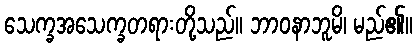
သေက္ခအသေက္ခတရားတို့သည်။ ဘာဝနာဘူမိ၊ မည်၏။